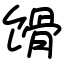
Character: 馉